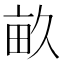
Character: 畝